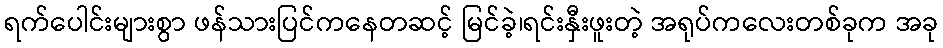
ရက်ပေါင်းများစွာ ဖန်သားပြင်ကနေတဆင့် မြင်ခဲ့၊ရင်းနှီးဖူးတဲ့ အရုပ်ကလေးတစ်ခုက အခု